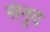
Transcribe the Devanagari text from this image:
संनुद